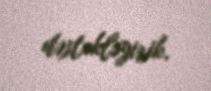
dəstəkləyirik.